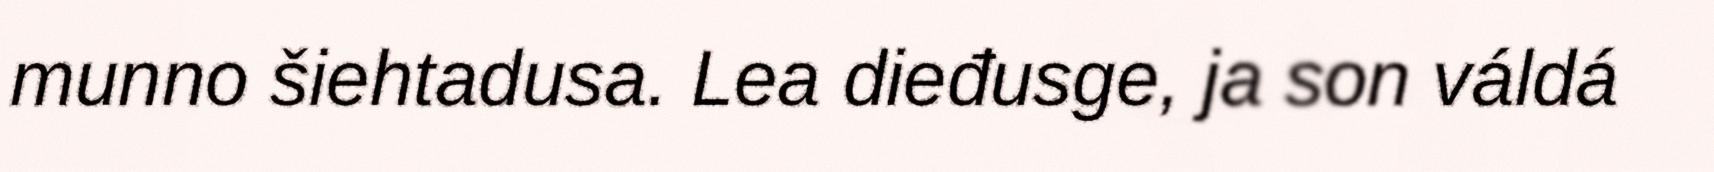
munno šiehtadusa. Lea dieđusge, ja son váldá